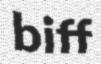
biff